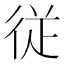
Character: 従